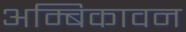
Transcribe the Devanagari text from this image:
अम्बिकावन